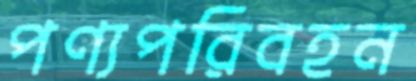
পণ্যপরিবহন